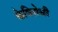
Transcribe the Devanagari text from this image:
केविरोधी